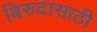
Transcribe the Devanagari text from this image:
बिरुदासाठी